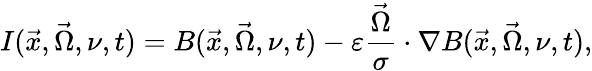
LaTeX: I(\vec{x},\vec{\Omega},\nu,t)=B(\vec{x},\vec{\Omega},\nu,t)-\varepsilon\frac{\vec{\Omega}}{\sigma}\cdot\nabla B(\vec{x},\vec{\Omega},\nu,t),